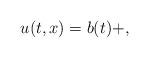
LaTeX: \begin{align*}u(t,x)=b(t)+, \end{align*}